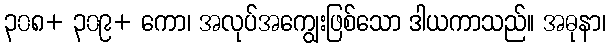
၃၀၈+ ၃၀၉+ ကော၊ အလုပ်အကျွေးဖြစ်သော ဒါယကာသည်။ အဓုနာ၊